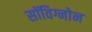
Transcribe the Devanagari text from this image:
सॉविग्नोन